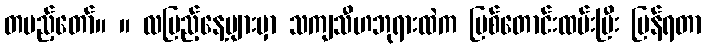
တပည့်တော်။ ။ လပြည့်နေ့များမှာ သကျသီဟဘုရားထဲက ပြစ်တောင်းထမ်းပြီး ပြန်ရတာ